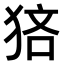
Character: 𤞼